Scottish Leaving Certificate Examination, 1961
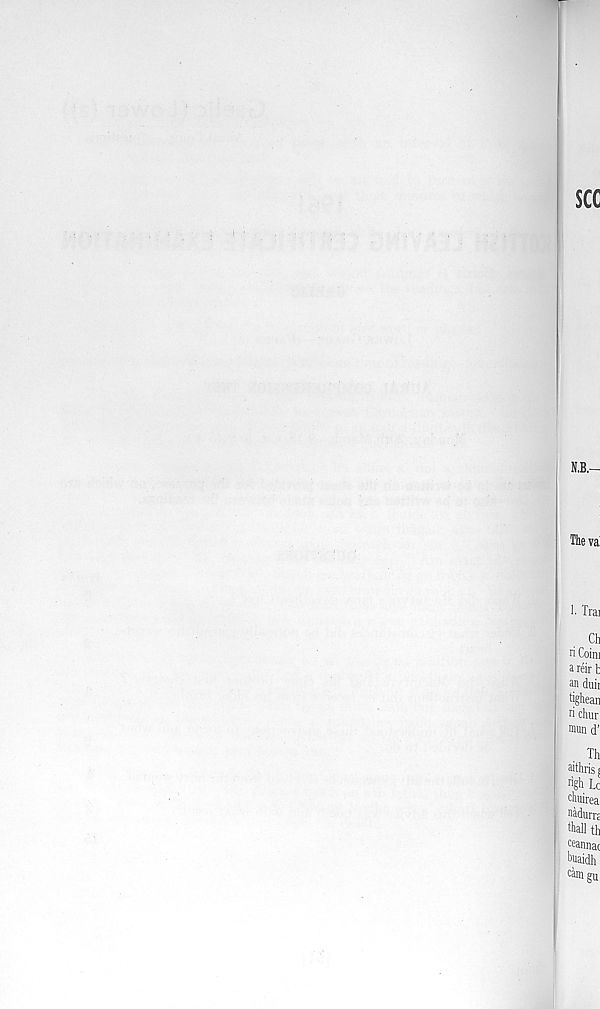
T
see
1. Trai
Ch
ri Coini
a reir b
an duii
tighean
ri chur
mimd’
Th
aithris j
righ L c
timirea
nadurrE
thall th
Cannae
hnaidh
cam gu